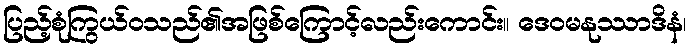
ပြည့်စုံကြွယ်ဝသည်၏အဖြစ်ကြောင့်လည်းကောင်း။ ဒေဝမနုဿာဒိနံ၊